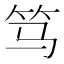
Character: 笃